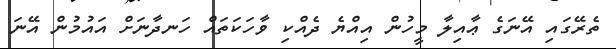
ތެރޭގައި އޭނަގެ ޢާއިލާ މީހުން އިއްޔެ ދެއްކި ވާހަކަތައް ހަނދާނަށް އައުމުން އޭނަ